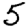
Digit: 5